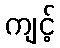
ကျင့်